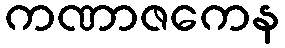
ကဏာဇကေန